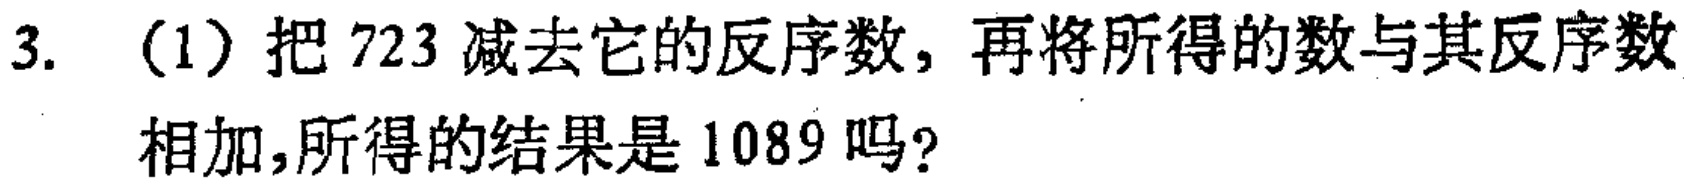
3. （1）把 \(723\) 减去它的反序数，再将所得的数与其反序数相加，所得的结果是 \(1089\) 吗？